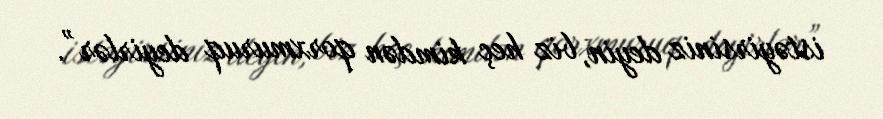
istəyirsiniz deyin, biz heç kimdən qorxmuruq deyirlər”.